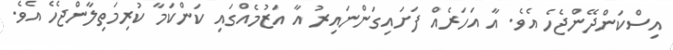
އިސްކަންދޭންޖެހެ އެވެ. އާ އަހަރެއް ފަށައިގަންނައިރު އާ އަޒުމެއްގައި ކަންކަމާ ކުރިމަތިލާންޖެހެ އެވެ.